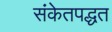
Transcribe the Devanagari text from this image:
संकेतपद्धत